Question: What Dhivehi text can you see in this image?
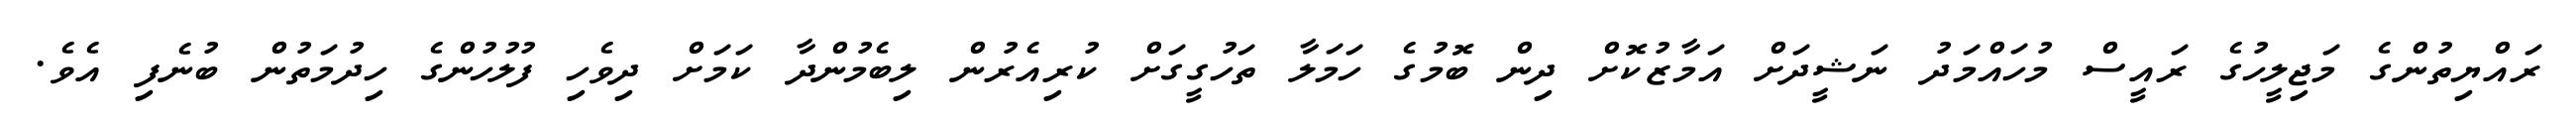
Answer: ރައްޔިތުންގެ މަޖިލީހުގެ ރައީސް މުހައްމަދު ނަޝީދަށް އަމާޒުކޮށް ދިން ބޮމުގެ ހަމަލާ ތަހުގީގަށް ކުރިއެރުން ލިބެމުންދާ ކަމަށް ދިވެހި ފުލުހުންގެ ހިދުމަތުން ބުނެފި އެވެ.